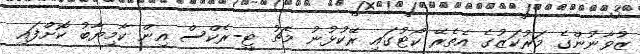
ޒުވާނުންގެ މަރުކަޒުގެ އެތެރޭ ކޯޓުގައި ރޭކުޅުނު މެޗު ޓީ-ރެކްސް އިން ކާމިޔާބު ކޮށްފައި